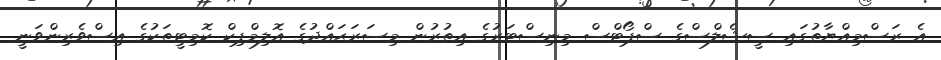
އެ ރަސްމިއްޔާތުގައި ސީޝެލްސްގެ ސްޕޯޓްސް މިނިސްޓަރުގެ އިތުރުން މިސަރަޙައްދުގެ އޮލިމްޕިކް ކޮމިޓީތަކުގެ އިސްވެރިންވަނީ